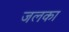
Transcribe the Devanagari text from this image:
जलका